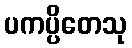
ပကပ္ပိတေသု